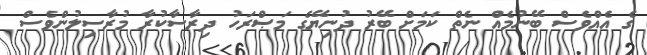
ގެ އެއްވެސް ބޭނުމެއް ނެތް ކަމަށް ބޭރު ދުނިޔޭގެ މަޞްރަހު ދިރާސާކުރާ މުރާސިލުންވެސް